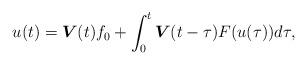
LaTeX: \begin{align*}u(t)=\boldsymbol{V}(t)f_{0}+\int\nolimits_{0}^{t}\boldsymbol{V}(t-\tau)F(u(\tau))d\tau, \end{align*}